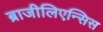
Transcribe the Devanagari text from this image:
ब्राजीलिएन्सिस